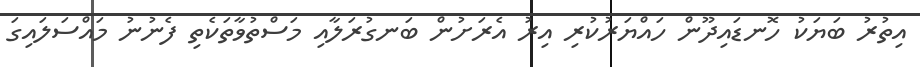
އިތުރު ބަޔަކު ހޮނޑައިދޫން ހައްޔަރުކުރި އިރު އެރަށުން ބަނގުރަލާއި މަސްތުވާތަކެތި ފެނުނު މައްސަލައިގަ